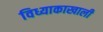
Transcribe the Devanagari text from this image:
विध्याकाखाली